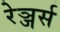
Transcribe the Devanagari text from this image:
रेञ्जर्स